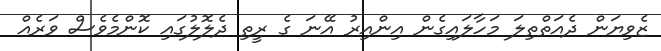
ޒެވިޔަން ދެއަތްތިލަ މަހާލައިގެން އިންއިރު އޭނަ ގެ ރީތި ދެލޮލުގައި ކޮންމެވެސް ވަރެއް